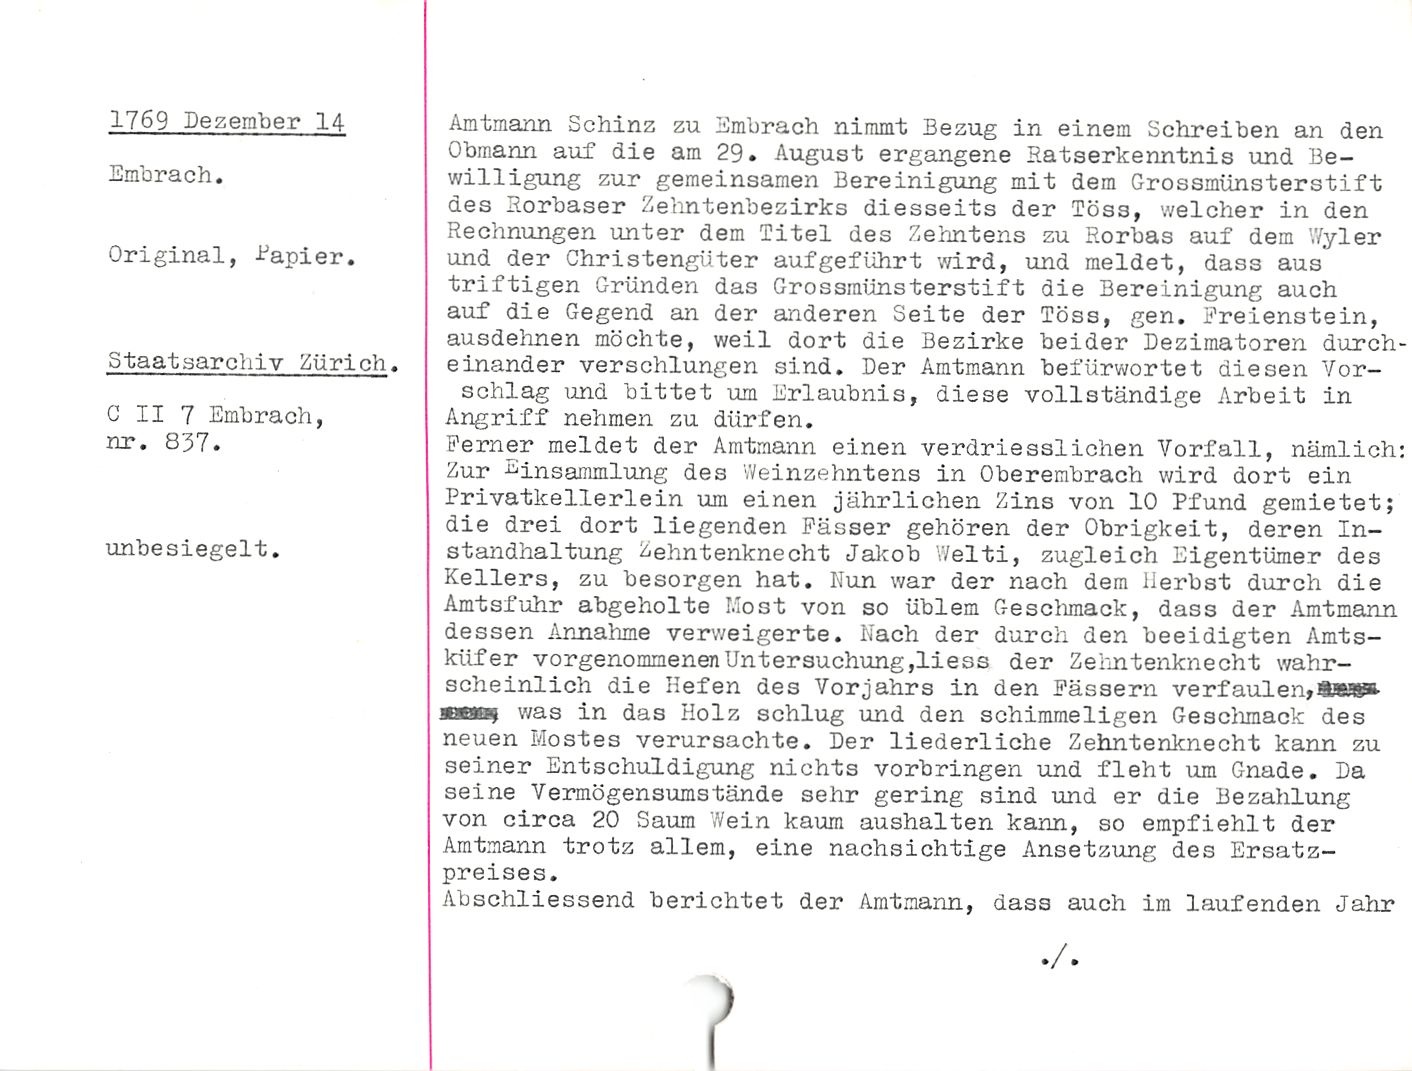
1769 Dezember 14

Embrach.

Original, Papier.

Staatsarchiv Zürich.

C II 7 Embrach,
nr. 837.

unbesiegelt.

Amtmann Schinz zu Embrach nimmt Bezug in einem Schreiben an den
Obmann auf die am 29. August ergangene Ratserkenntnis und Be¬
willigung zur gemeinsamen Bereinigung mit dem Grossmünsterstift
des Rorbaser Zehntenbezirks diesseits der Töss, welcher in den
Rechnungen unter dem Titel des Zehntens zu Rorbas auf dem Wyler
und der Christengüter aufgeführt wird, und meldet, dass aus
triftigen Gründen das Grossmünsterstift die Bereinigung auch
auf die Gegend an der anderen Seite der Töss, gen. Ereienstein,
ausdehnen möchte, weil dort die Bezirke beider Dezimatoren durch¬
einander verschlungen sind. Der Amtmann befürwortet diesen Vor¬
schlag und bittet um Erlaubnis, diese vollständige Arbeit in
Angriff nehmen zu dürfen.

Ferner meldet der Amtmann einen verdriesslichen Vorfall, nämlich:
Zur 2inSammlung des Weinzehntens in Oberembrach wird dort ein
Privatkellerlein um einen jährlichen Zins von 10 Pfund gemietet;
die drei dort liegenden Fässer gehören der Obrigkeit, deren In¬
standhaltung Zehntenknecht Jakob Welti, zugleich Eigentümer des
Kellers, zu besorgen hat. Nun war der nach dem Herbst durch die
Amtsfuhr abgeholte Most von so üblem Geschmack, dass der Amtmann
dessen Annahme verweigerte. Nach der durch den beeidigten Amts¬
küfer vorgenommenen Untersuchung ,liess der Zehntenknecht wahr¬
scheinlich die Hefen des Vorjahrs in den Fässern verfaulen,
seeas; was in das Holz schlug und den schimmeligen Geschmack des
neuen Mostes verursachte. Der liederliche Zehntenknecht kann zu
seiner Entschuldigung nichts Vorbringen und fleht um Gnade. Da
seine Vermögensumstände sehr gering sind und er die Bezahlung
von circa 20 Saum Wein kaum aushalten kann, so empfiehlt der
Amtmann trotz allem, eine nachsichtige Ansetzung des Ersatz¬
preises.

Abschliessend berichtet der Amtmann, dass auch im laufenden Jahr